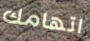
اتهامك